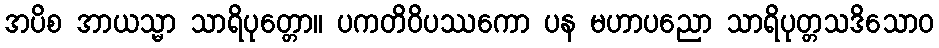
အပိစ အာယသ္မာ သာရိပုတ္တော။ ပကတိဝိပဿကော ပန မဟာပညော သာရိပုတ္တသဒိသောဝ